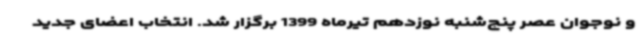
و نوجوان عصر پنج‌شنبه نوزدهم تیرماه 1399 برگزار شد. انتخاب اعضای جدید